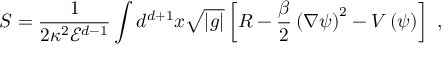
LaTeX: S = \frac { 1 } { 2 \kappa ^ { 2 } { \mathcal E } ^ { d - 1 } } \int d ^ { d + 1 } x \sqrt { | g | } \left[ R - \frac { \beta } { 2 } \left( \nabla \psi \right) ^ { 2 } - V \left( \psi \right) \right] \ ,